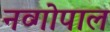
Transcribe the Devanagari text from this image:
नव्गोपाल